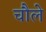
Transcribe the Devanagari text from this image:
चौले